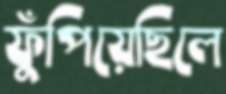
ফুঁপিয়েছিলে